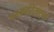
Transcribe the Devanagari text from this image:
पत्रकारिताएक